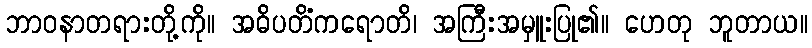
ဘာဝနာတရားတို့ကို။ အဓိပတိံကရောတိ၊ အကြီးအမှူးပြု၏။ ဟေတု ဘူတာယ။